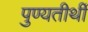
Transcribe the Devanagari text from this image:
पुण्यतीर्थी